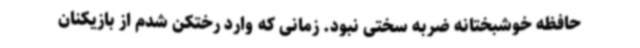
حافظه خوشبختانه ضربه سختی نبود. زمانی که وارد رختکن شدم از بازیکنان